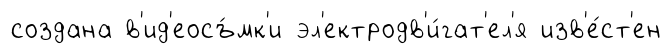
создана в'ид'еосъ́мк'и эл'ектродв'и́гат'ел'я изв'е́ст'ен